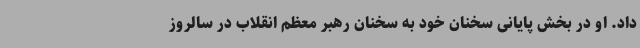
داد. او در بخش پایانی سخنان خود به سخنان رهبر معظم انقلاب در سالروز